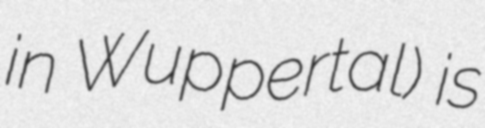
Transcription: in Wuppertal) is